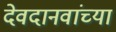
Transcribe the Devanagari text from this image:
देवदानवांच्या